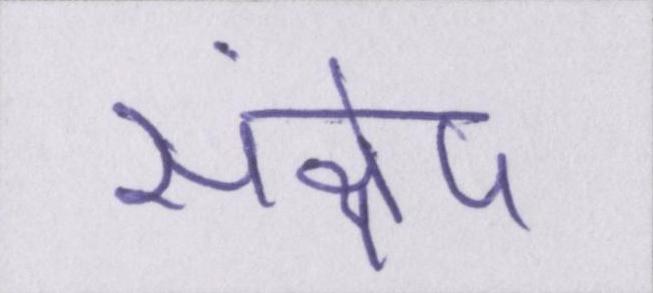
संक्षेप